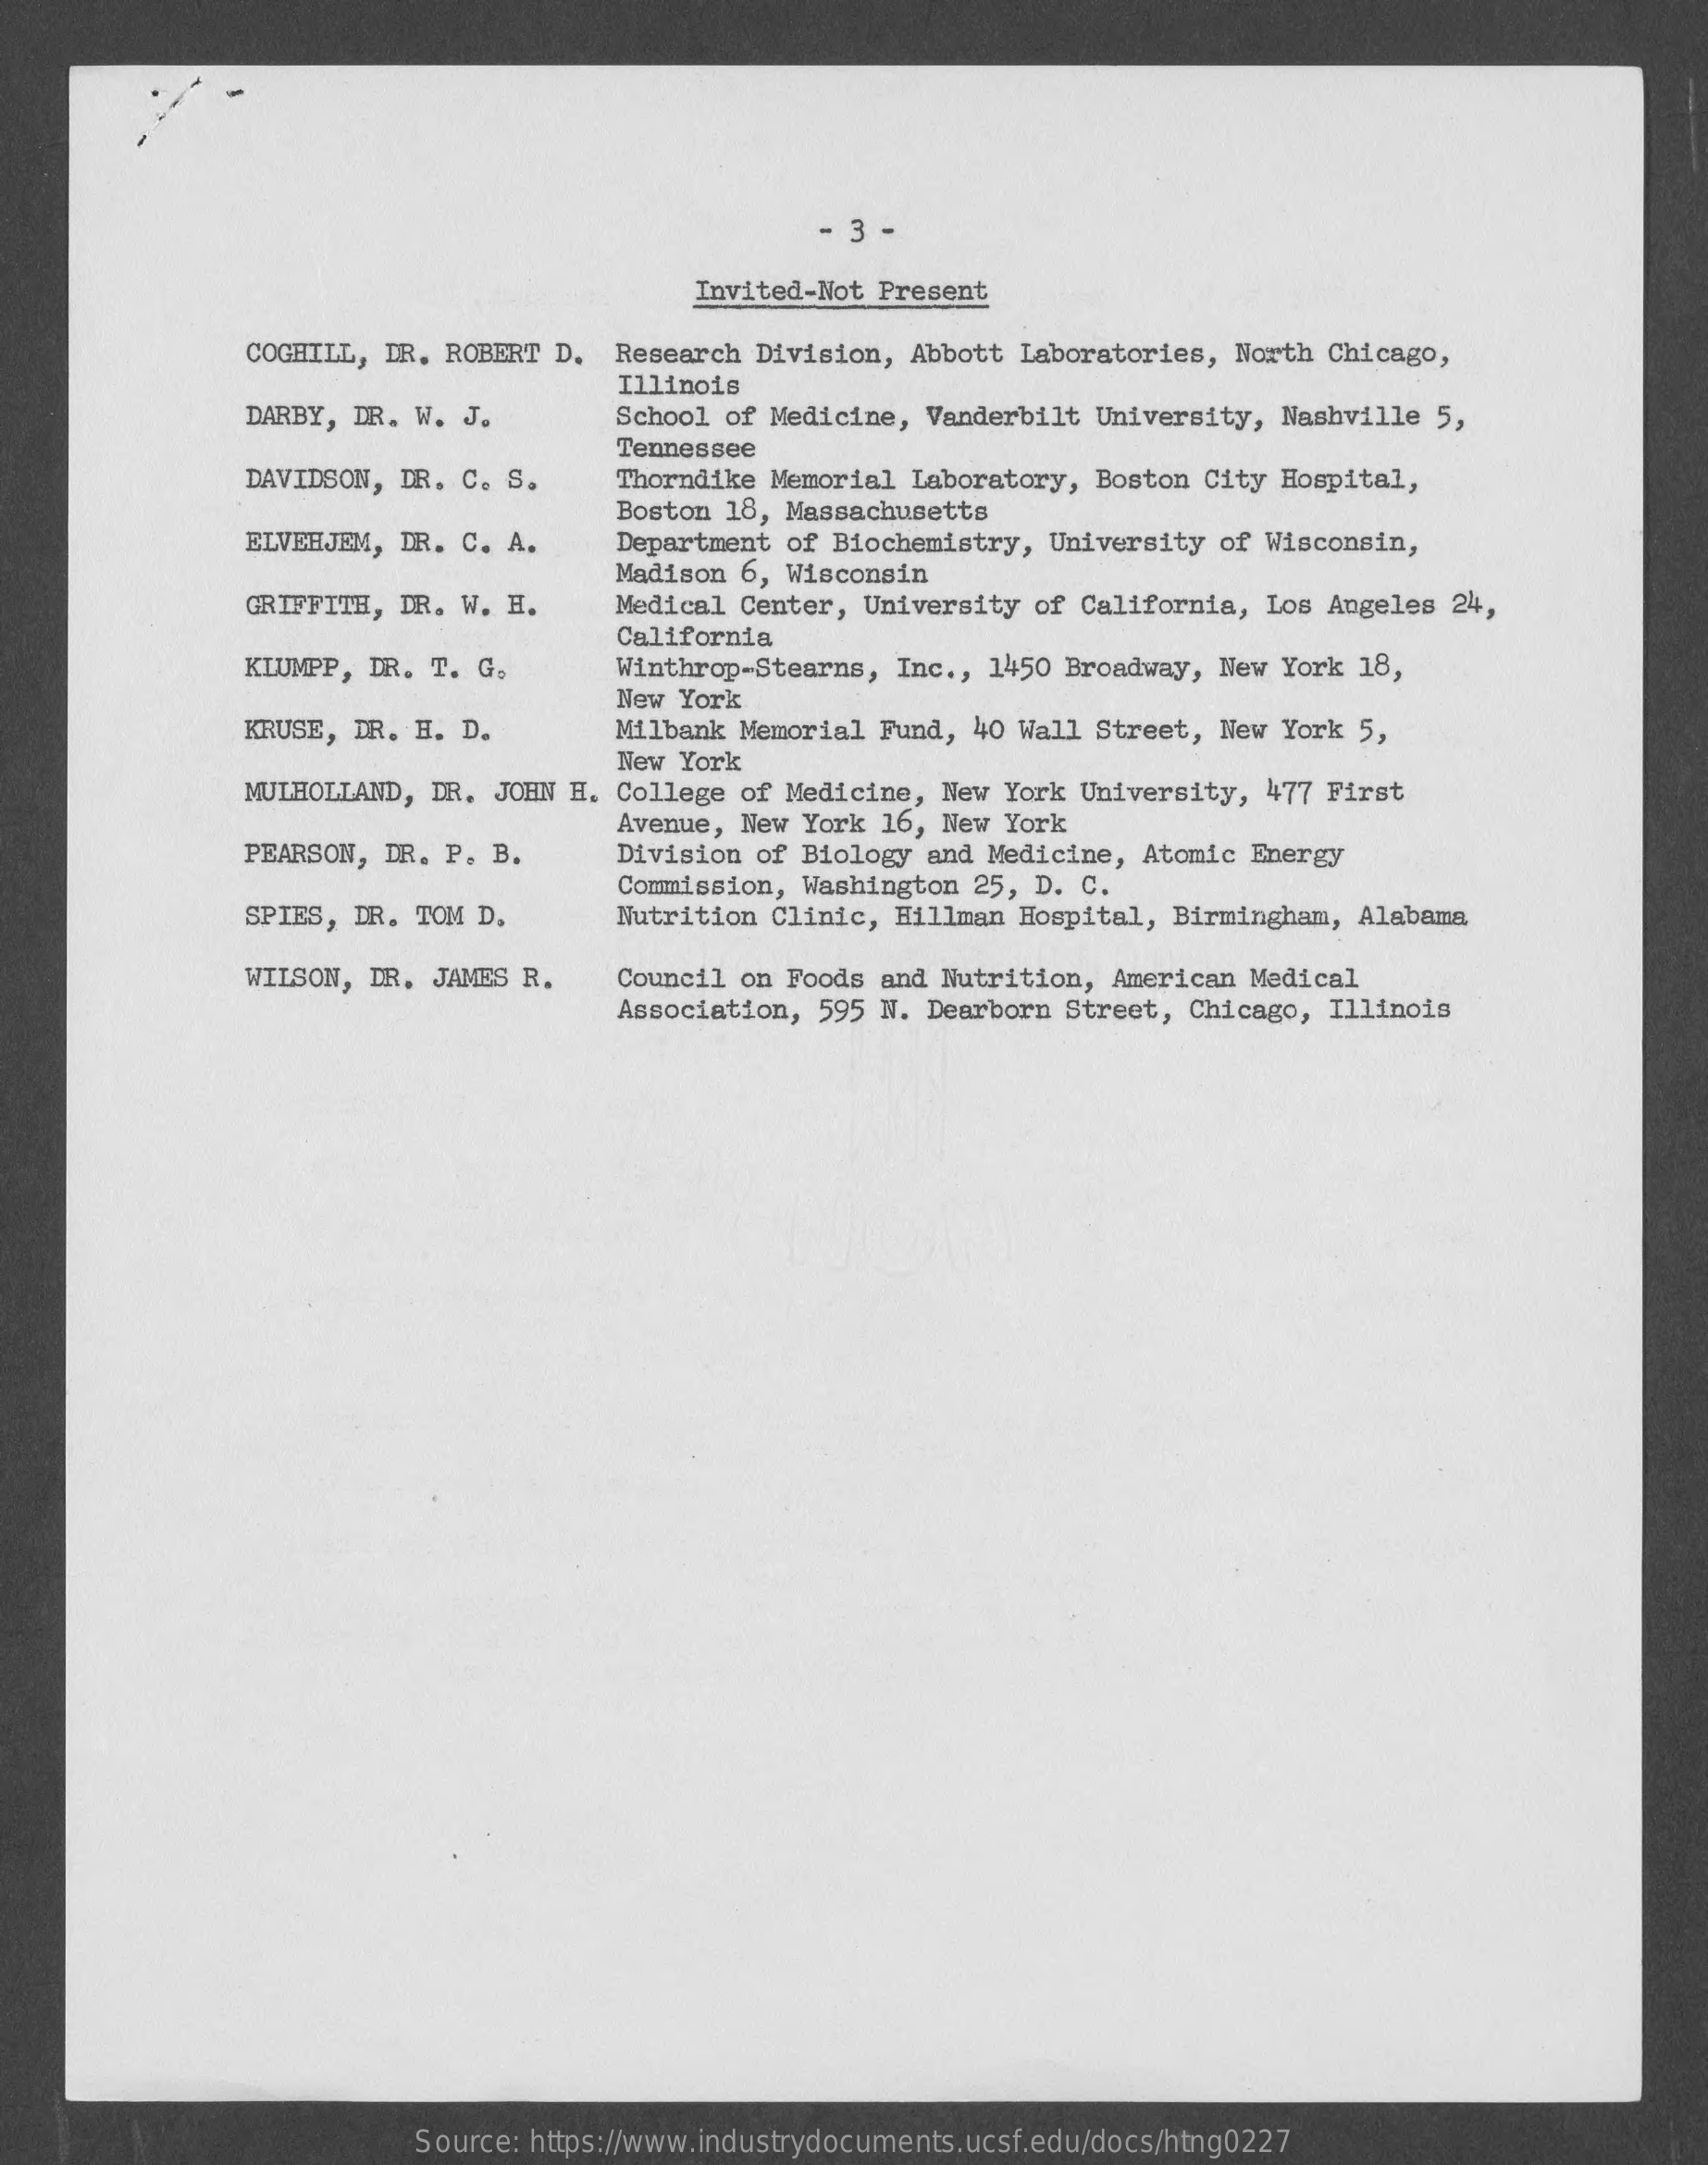
3 -
     Invited-Not Present
     COGHILL, DR. ROBERT D. Research Division, Abbott Laboratories, North Chicago,
     DARBY, DR. W. J.    School of Medicine, Vanderbilt University, Nashville 5,
     Illinois
     DAVIDSON, DR. C. S.  Thorndike Memorial Laboratory, Boston City Hospital,
     Tennessee
     ELVEHJEM, DR. C. A.
     Boston 18, Massachusetts
     Department of Biochemistry, University of Wisconsin,
     GRIFFITH, DR. W. H.
     Madison 6, Wisconsin
     Medical Center, University of California, Los Angeles 24,
     California
     KLUMPP, DR. T. G.    Winthrop-Stearns, Inc ., 1450 Broadway, New York 18,
     New York
     KRUSE, DR. H. D.    Milbank Memorial Fund, 40 Wall Street, New York 5,
     MULHOLLAND, DR. JOHN H. College of Medicine, New York University, 477 First
     New York
     PEARSON, DR. P. B.
     Avenue, New York 16, New York
     Division of Biology and Medicine, Atomic Energy
     SPIES, DR. TOM D.
     Commission, Washington 25, D. C.
     Nutrition Clinic, Hillman Hospital, Birmingham, Alabama
     WILSON, DR. JAMES R. Council on Foods and Nutrition, American Medical
     Association, 595 N. Dearborn Street, Chicago, Illinois
     Source: https://www.industrydocuments.ucsf.edu/docs/htng0227